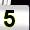
Digit: 5